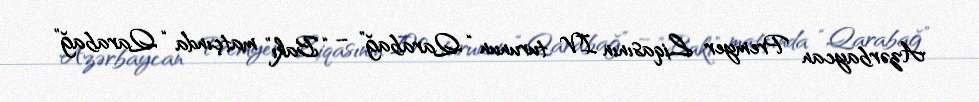
Azərbaycan Premyer Liqasının IV turunun “Qarabağ” – “Bakı” matçında “Qarabağ”